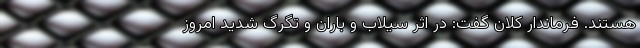
هستند. فرماندار کلان گفت: در اثر سیلاب و باران و تگرگ شدید امروز